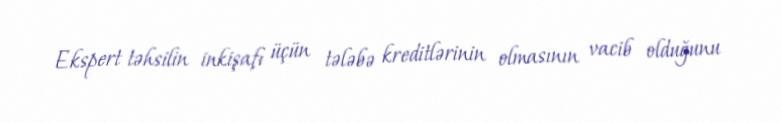
Ekspert təhsilin inkişafı üçün tələbə kreditlərinin olmasının vacib olduğunu